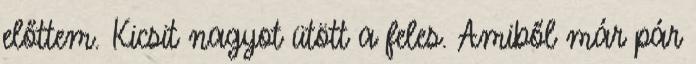
előttem. Kicsit nagyot ütött a feles. Amiből már pár